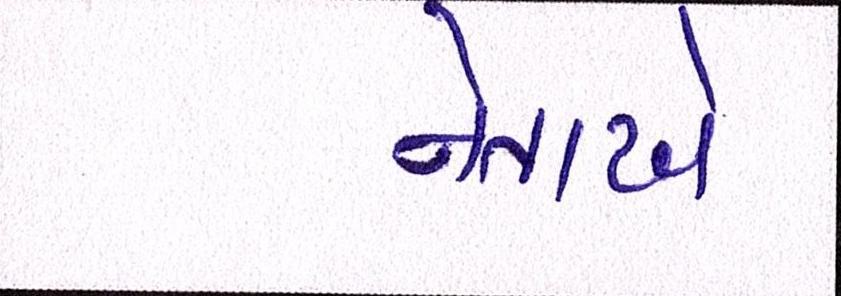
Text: નેતાએ